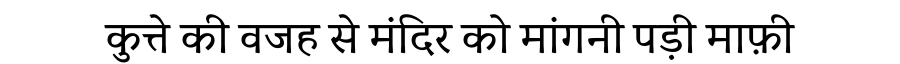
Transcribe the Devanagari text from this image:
कुत्ते की वजह से मंदिर को मांगनी पड़ी माफ़ी